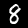
Digit: 8